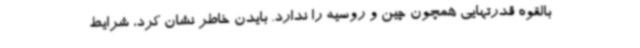
بالقوه قدرتهایی همچون چین و روسیه را ندارد. بایدن خاطر نشان کرد، شرایط